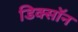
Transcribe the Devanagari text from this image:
डिक्साॅन